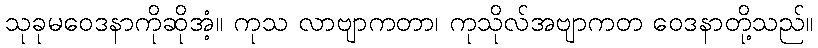
သုခုမဝေဒနာကိုဆိုအံ့။ ကုသ လာဗျာကတာ၊ ကုသိုလ်အဗျာကတ ဝေဒနာတို့သည်။